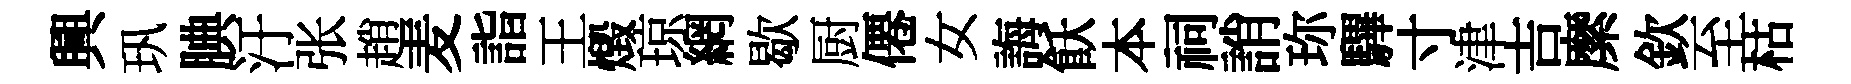
興㺬腆汙张趙麦詣王燬琼網歇厨僊女誨飫本祠誚珎驆寸津吉縻欽至枯